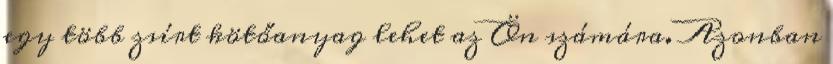
egy több zsírt kötőanyag lehet az Ön számára. Azonban